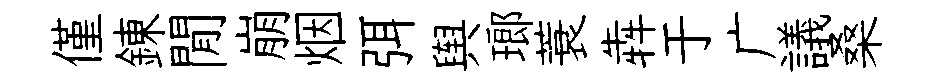
僅錬閒崩烟弭舆瑯蓑犇于广議桑